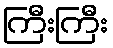
ကြီးကြီး